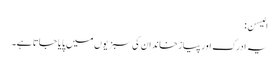
الیسن:
یہ ادرک اور پیازخاندان کی سبزیوں میں پایا جاتا ہے۔